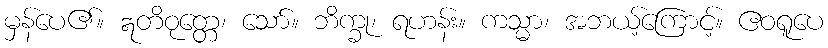
မှန်ပေ၏။ ဣတိဝုတ္တေ၊ သော်။ ဘိက္ခု၊ ရဟန်း။ ကသ္မာ၊ အဘယ့်ကြောင့်။ ဧဝရူပေ